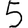
Digit: 5